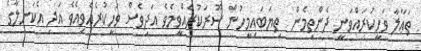
ތަޢާލާ ވަހީކުރައްވަނީ ދެންތިމެން  ތިޔަބައިމީހުން ސޫރަކުރެއްވީމެވެ އަދިވެސް ވަހީކުރެއްވިއެވެ އަދި އެކަނލާގެ